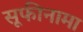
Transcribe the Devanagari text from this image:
सूफीनामा